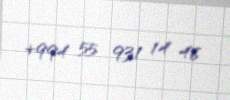
+994 55 931 14 46